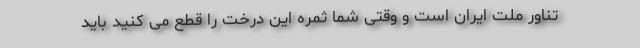
تناور ملت ایران است و وقتی شما ثمره این درخت را قطع می کنید باید